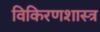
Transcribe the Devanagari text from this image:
विकिरणशास्त्र